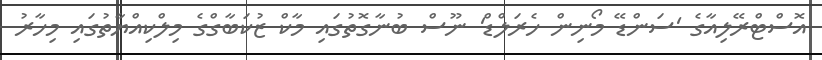
އޮސްޓްރޭލިއާގެ 'ސަންޑޭ މޯނިން ހެރަލްޑް' ނޫސް ބުނާގޮތުގައި މާކް ޒުކަބާގްގެ މިލްކިއްޔާތުގައި މިހާރު